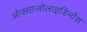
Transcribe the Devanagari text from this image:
ओक्साजोलाइडिनोंस